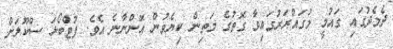
ދެމެދުގައި ގައުމީ މުގައްރަރުގައިވާ ގޮތުގެ މަތިން ކިޔެވުން އޮންނާނެ އެވެ. ފުޓްބޯޅަ ސްކޫލަށް